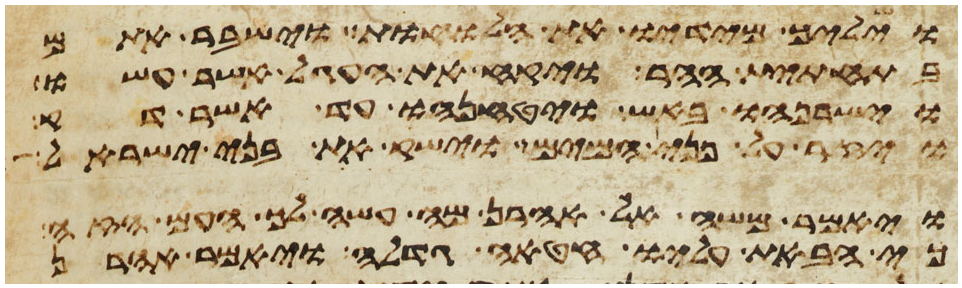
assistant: וישליך מידיו את הלוחות וישבר אתם
בתחתית ההר ויקח את העגל אשר עשו
וישרפהו באש ויטנחהו עד אשר דק
ויזר על פני המים וישק את בני ישראל
ויאמר משה אל אהרן מה עשה לך העם הזה
כי הבאת עליו חטאה גדלה ויאמר אהרן